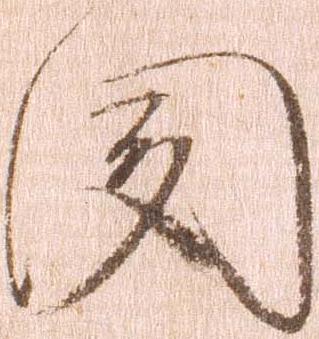
聞